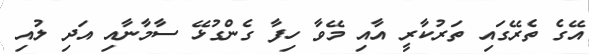
އޭގެ ތެރޭގައި ތަރުކާރީ އާއި މޭވާ ހިފާ ގެންގުޅޭ ސާމާނާއި އަދި ލުއި